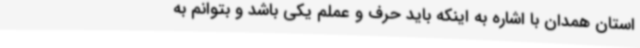
استان همدان با اشاره به اینکه باید حرف و عملم یکی باشد و بتوانم به